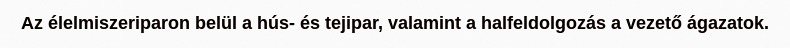
Az élelmiszeriparon belül a hús- és tejipar, valamint a halfeldolgozás a vezető ágazatok.